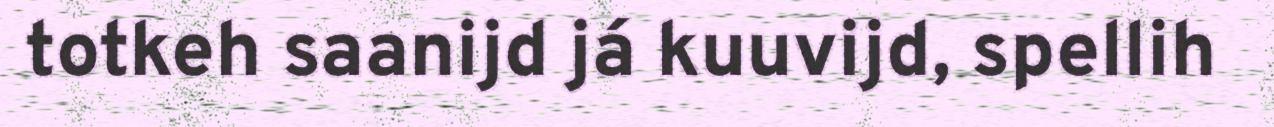
totkeh saanijd já kuuvijd, spellih